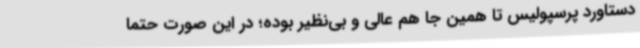
دستاورد پرسپولیس تا همین جا هم عالی و بی‌نظیر بوده؛ در این صورت حتما